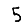
Digit: 5